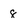
Character: 8